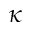
\boldsymbol { \kappa }